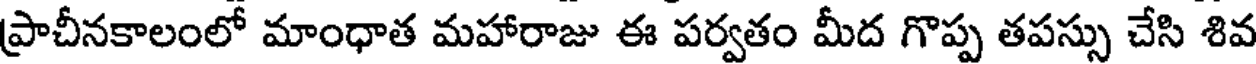
ప్రాచీనకాలంలో మాంధాత మహారాజు ఈ పర్వతం మీద గొప్ప తపస్సు చేసి శివ